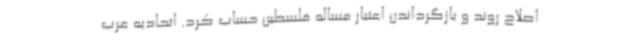
اصلاح روند و بازگرداندن اعتبار مساله فلسطین حساب کرد. اتحادیه عرب